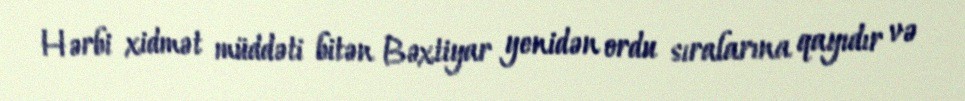
Hərbi xidmət müddəti bitən Bəxtiyar yenidən ordu sıralarına qayıdır və